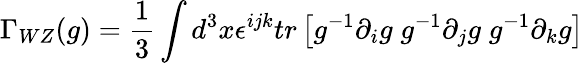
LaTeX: \Gamma_{WZ}(g)={\frac{1}{3}}\int d^{3}x\epsilon^{ijk}tr\left[g^{-1}\partial_{i}g\; g^{-1}\partial_{j}g\; g^{-1}\partial_{k}g\right]